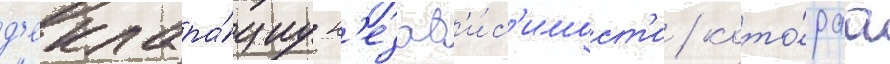
д'еклара́циу н'езав'и́с'имост'и / кото́раа